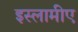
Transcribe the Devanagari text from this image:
इस्लामीए